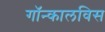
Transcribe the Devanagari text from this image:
गॉन्कालविस